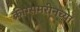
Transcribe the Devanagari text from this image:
क्रीग्समरीनच्या